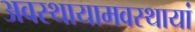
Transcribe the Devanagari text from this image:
अवस्थायामवस्थायां